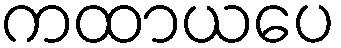
ကထာယပေ